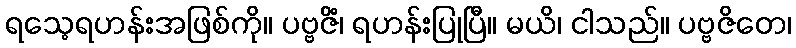
ရသေ့ရဟန်းအဖြစ်ကို။ ပဗ္ဗဇိံ၊ ရဟန်းပြုပြီ။ မယိ၊ ငါသည်။ ပဗ္ဗဇိတေ၊